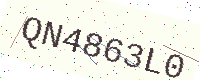
Text: QN4863L0